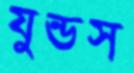
যুন্ডস